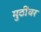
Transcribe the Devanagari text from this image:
मुठींवर